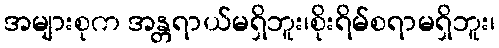
အများစုက အန္တရာယ်မရှိဘူး၊စိုးရိမ်စရာမရှိဘူး၊